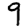
Digit: 9